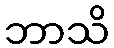
ဘာသိ